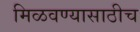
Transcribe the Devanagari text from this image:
मिळवण्यासाठीच